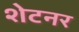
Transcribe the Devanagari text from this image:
शेटनर